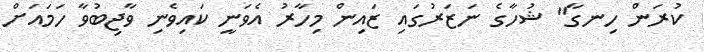
ކުރަން ހިނގާ" ޝުހާގެ ނަޒަރުގައި ޒައިން މިހާރު އެވަނީ ކައިވެނި ވާޖިބުވާ ހަމައަށް